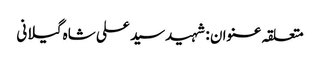
متعلقہ عنوان : شہیدسید علی شاہ گیلانی